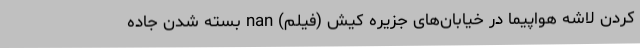
کردن لاشه هواپیما در خیابان‌های جزیره کیش (فیلم) nan بسته شدن جاده